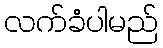
လက်ခံပါမည်